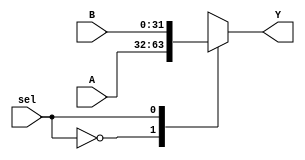
module mux1(
 input sel,
 input [31:0]A, B,
 output reg [31:0]Y
 );
 
 always @(*)
  begin 
   case(sel)
    1'b0: Y = A;
    1'b1: Y = B;
   endcase
  end

endmodule